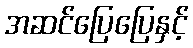
အဆင်ပြေပြေနှင့်